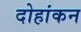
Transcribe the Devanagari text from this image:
दोहांकन